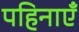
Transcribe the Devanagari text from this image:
पहिनाएँ